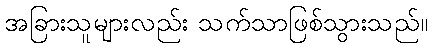
အခြားသူများလည်း သက်သာဖြစ်သွားသည်။